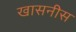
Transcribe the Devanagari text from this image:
खासनीस